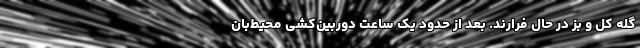
گله کل و بز در حال فرارند. بعد از حدود یک ساعت دوربین‌کشی محیط‌بان